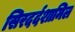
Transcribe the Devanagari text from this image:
सिरदर्दशामिल